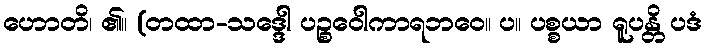
ဟောတိ၊ ၏။ (တထာ-သဒ္ဒေါ ပဉ္စဝေါကာရဘဝေ။ ပ။ ပစ္စယာ ရူပန္တိ ပဒံ